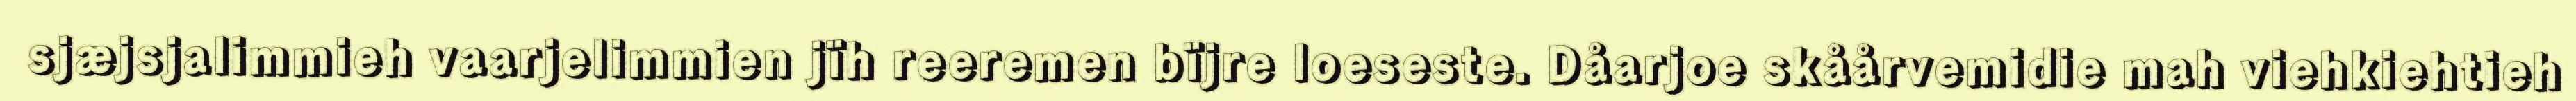
sjæjsjalimmieh vaarjelimmien jïh reeremen bïjre loeseste. Dåarjoe skåårvemidie mah viehkiehtieh